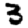
Digit: 3